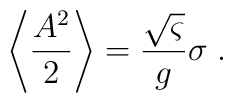
\left\langle \frac{A^{2}}{2}\right\rangle =\frac{\sqrt{\varsigma }}{g}\sigma\;.